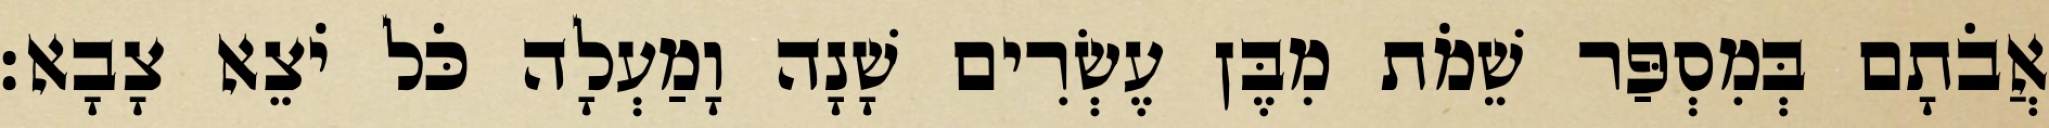
אֲבֹתָם בְּמִסְפַּר שֵׁמֹת מִבֶּן עֶשְׂרִים שָׁנָה וָמַעְלָה כֹּל יֹצֵא צָבָא׃